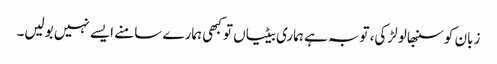
زبان کو سنبھالو لڑکی، توبہ ہے ہماری بیٹیاں تو کبھی ہمارے سامنے ایسے نہیں بولیں۔